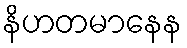
နိဟတမာနေန